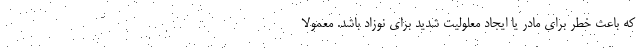
که باعث خطر برای مادر یا ایجاد معلولیت شدید برای نوزاد باشد. معمولا